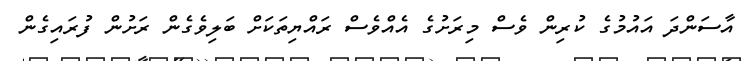
އާސަންދަ އައުމުގެ ކުރިން ވެސް މިރަށުގެ އެއްވެސް ރައްޔިތަކަށް ބަލިވެގެން ރަށުން ފުރައިގެން